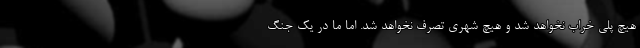
هیچ پلی خراب نخواهد شد و هیچ شهری تصرف نخواهد شد. اما ما در یک جنگ